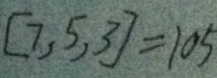
[ 7 , 5 , 3 ] = 1 0 5